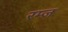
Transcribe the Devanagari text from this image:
रम्ज